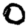
Digit: 0